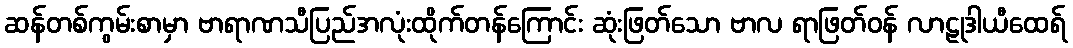
ဆန်တစ်ကွမ်းစာမှာ ဗာရာဏသီပြည်အလုံးထိုက်တန်ကြောင်း ဆုံးဖြတ်သော ဗာလ ရာဖြတ်ဝန် လာဠုဒါယီထေရ်